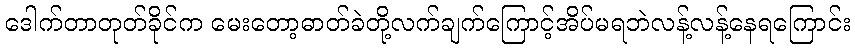
ဒေါက်တာတုတ်ခိုင်က မေးတော့ဓာတ်ခဲတို့လက်ချက်ကြောင့်အိပ်မရဘဲလန့်လန့်နေရကြောင်း